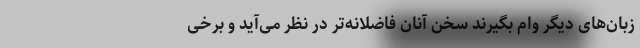
زبان‌های دیگر وام بگیرند سخن آنان فاضلانه‌تر در نظر می‌آید و برخی